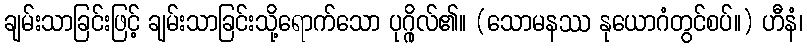
ချမ်းသာခြင်းဖြင့် ချမ်းသာခြင်းသို့ရောက်သော ပုဂ္ဂိုလ်၏။ (သောမနဿ နုယောဂံတွင်စပ်။) ဟီနံ၊